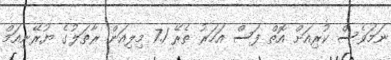
ނަމަވެސް ކުރިއަށް އޮތް ފަސް އަހަރު ތެރޭ 7.1 މިލިއަން ރާތަލުގެ ޔުރޭނިއަމް